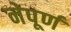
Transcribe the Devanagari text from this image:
नेपूर्ण